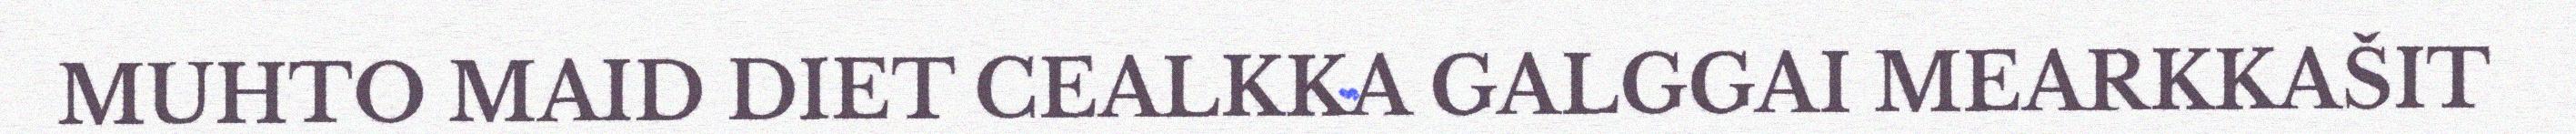
MUHTO MAID DIET CEALKKA GALGGAI MEARKKAŠIT